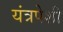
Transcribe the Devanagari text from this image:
यंत्रपेशी